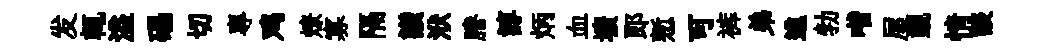
发輒溢礧切專鸡燎寡隔讃洑謄諄炳血壙郎慙可裤弟進勃喈屋覲情談